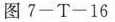
图7-T-16